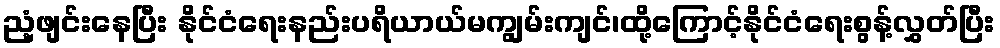
ညံ့ဖျင်းနေပြီး နိုင်ငံရေးနည်းပရိယာယ်မကျွမ်းကျင်၊ထို့ကြောင့်နိုင်ငံရေးစွန့်လွှတ်ပြီး